Indian journal of veterinary science and animal husbandry - Volume 5,
Year: 1935
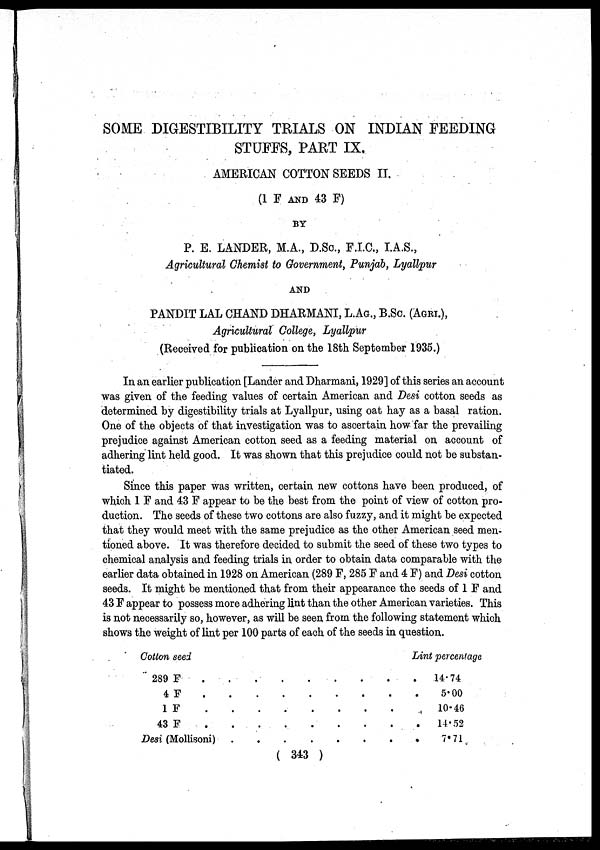
SOME DIGESTIBILITY TRIALS ON INDIAN FEEDING
STUFFS, PART IX.
AMERICAN COTTON SEEDS II.
(1 F AND 43 F)
BY
P. E. LANDER, M.A., D.SC., F.I.C., I.A.S.,
Agricultural Chemist to Government, Punjab, Lyallpur
AND
PANDIT LAL CHAND DHARMANI, L.AG., B.SC. (AGRI.),
Agricultural College, Lyallpur
(Received for publication on the 18th September 1935.)
In an earlier publication [Lander and Dharmani, 1929] of this series an account
was given of the feeding values of certain American and Desi cotton seeds as
determined by digestibility trials at Lyallpur, using oat hay as a basal ration.
One of the objects of that investigation was to ascertain how far the prevailing
prejudice against American cotton seed as a feeding material on account of
adhering lint held good. It was shown that this prejudice could not be substan-
tiated.
Since this paper was written, certain new cottons have been produced, of
which 1 F and 43 F appear to be the best from the point of view of cotton pro-
duction. The seeds of these two cottons are also fuzzy, and it might be expected
that they would meet with the same prejudice as the other American seed men-
tioned above. It was therefore decided to submit the seed of these two types to
chemical analysis and feeding trials in order to obtain data comparable with the
earlier data obtained in 1928 on American (289 F, 285 F and 4 F) and Desi cotton
seeds. It might be mentioned that from their appearance the seeds of 1 F and
43 F appear to possess more adhering lint than the other American varieties. This
is not necessarily so, however, as will be seen from the following statement which
shows the weight of lint per 100 parts of each of the seeds in question.
Cotton seed
289 F
.
.
.
.
.
.
.
.
.
4 F . . . . . . . . .
1 F . . . . . . . . .
43 F
.
.
.
.
.
.
.
.
.
Desi (Mollisoni) . . . . . . . . .
Lint percentage
14.74
5.00
10.46
14.52
7.71
( 343 )